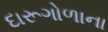
દારૂગોળાના